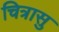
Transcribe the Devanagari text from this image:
चित्रासु